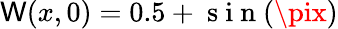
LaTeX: \mathsf{W}(x,0)=0.5+\mathrm{{~s~i~n~}}(\pix)